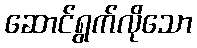
ဆောင်ရွက်လိုသော